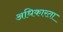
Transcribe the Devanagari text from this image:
अधिकारता